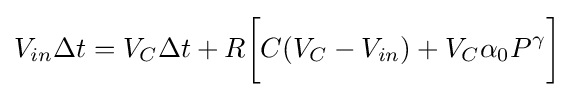
V_{in}\Delta t=V_{C}\Delta t+R{\bigg [}C(V_{C}-V_{in})+V_{C}\alpha _{0}P^{\gamma }{\bigg ]}